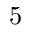
5